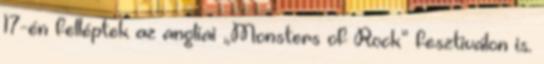
17-én felléptek az angliai „Monsters of Rock” fesztiválon is.